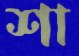
শা